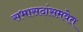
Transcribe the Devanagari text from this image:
सभासदांसमवेत